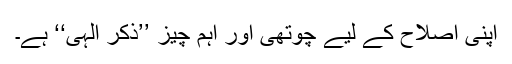
اپنی اصلاح کے لیے چوتھی اور اہم چیز ’’ذکر الہٰی‘‘ ہے۔